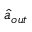
\hat { a } _ { o u t }